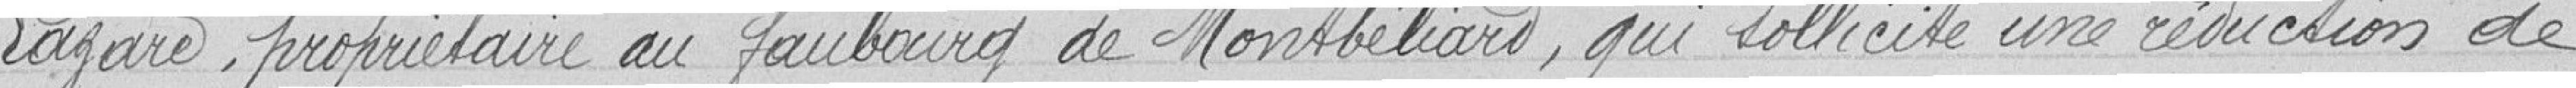
Lazare, propriétaire au faubourg de Montbéliard, qui sollicite une réduction de